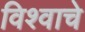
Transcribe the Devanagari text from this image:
विश्‍वाचे